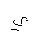
Letter: _ya